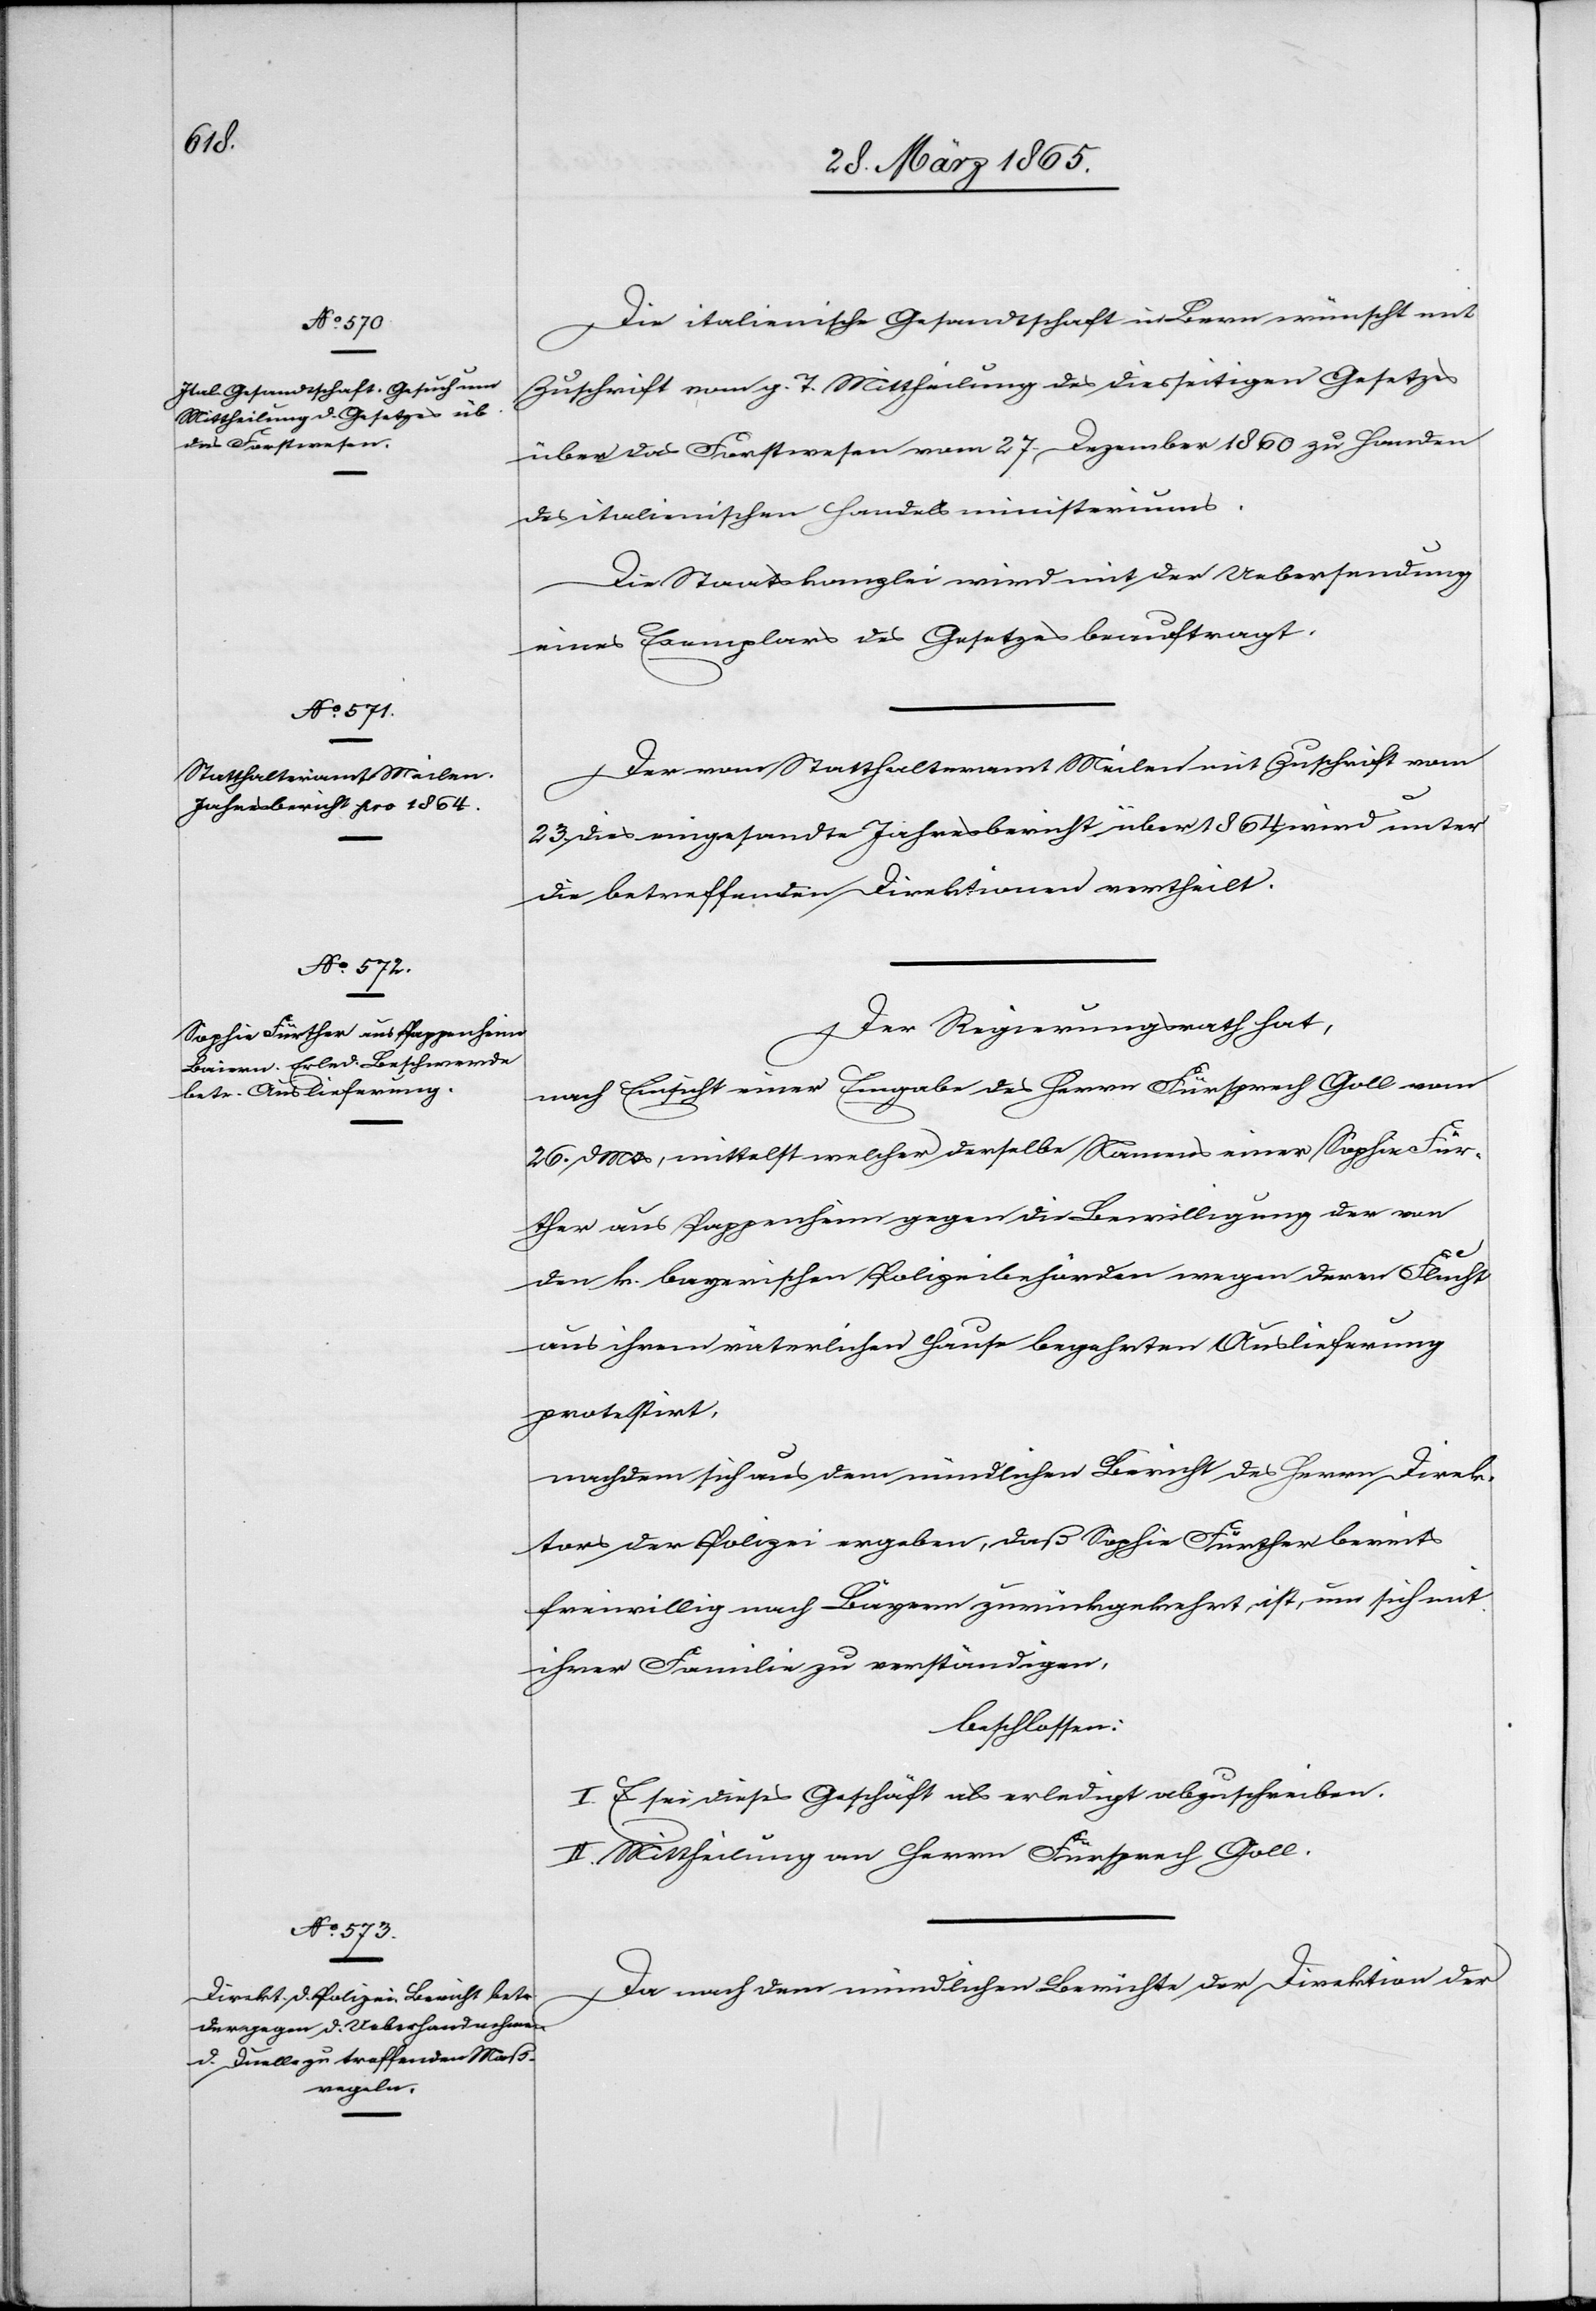
Die italienische Gesandtschaft in Bern wünscht mit
Zuschrift vom g. T. Mittheilung des diesseitigen Gesetzes
über das Forstwesen vom 27. Dezember 1860 zu Handen
des italienischen Handelsministeriums.
Die Staatskanzlei wird mit der Uebersendung
eines Exemplars des Gesetzes beauftragt.
Der vom Statthalteramt Meilen mit Zuschrift vom
23. dies eingesandte Jahresbericht über 1864 wird unter
die betreffenden Direktionen vertheilt.
Der Regierungsrath hat,
nach Einsicht einer Eingabe des Herrn Fürsprech Goll vom
26. d Mts, mittelst welcher derselbe Namens einer Sophie Für¬
ther aus Pappenheim gegen die Bewilligung der von
den k. bayerischen Polizeibehörden wegen deren Flucht
aus ihrem väterlichen Hause begehrten Auslieferung
protestirt,
nachdem sich aus dem mündlichen Bericht des Herrn Direk¬
tors der Polizei ergeben, daß Sophie Fürther bereits
freiwillig nach Bayern zurückgekehrt ist, um sich mit
ihrer Familie zu verständigen,
beschlossen:
I. Es sei dieses Geschäft als erledigt abzuschreiben.
II. Mittheilung an Herrn Fürsprech Goll.
Der nach dem mündlichen Berichte der Direktion der